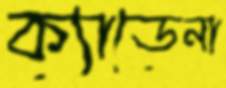
ক্যাডেনা